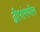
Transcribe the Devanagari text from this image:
द्वीपांमधील